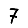
Digit: 7